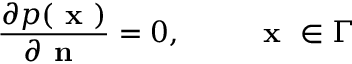
\frac { \partial p ( \textbf { x } ) } { \partial \textbf { n } } = 0 , ~ ~ ~ ~ ~ ~ ~ \textbf { x } \in \Gamma